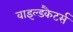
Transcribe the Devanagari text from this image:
वाइल्डकैटर्स